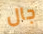
جال